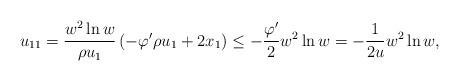
LaTeX: \begin{align*}u_{11}= \frac{w^2 \ln w}{\rho u_1} \left( -\varphi' \rho u_1 + {2 x_1}\right) \leq - \frac{\varphi'}{2} w^2 \ln w= - \frac{1}{2 u} w^2 \ln w ,\end{align*}